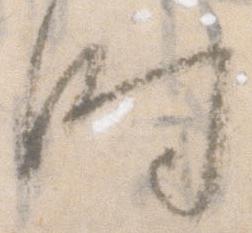
時